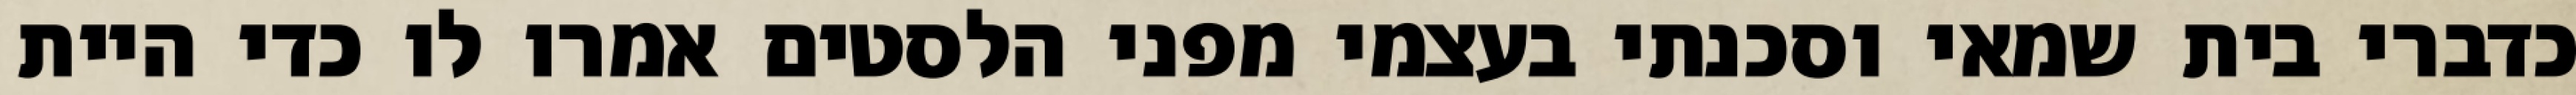
כדברי בית שמאי וסכנתי בעצמי מפני הלסטים אמרו לו כדי היית